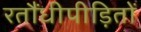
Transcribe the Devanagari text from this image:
रतौंधीपीड़ितों